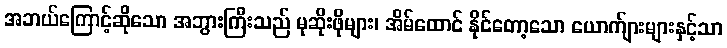
အဘယ်ကြောင့်ဆိုသော အဘွားကြီးသည် မုဆိုးဖိုများ၊ အိမ်ထောင် နိုင်တော့သော ယောက်ျားများနှင့်သာ